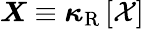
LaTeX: \boldsymbol{X}\equiv\boldsymbol{\kappa}_{\mathrm{R}}\left[\mathcal{X}\right]